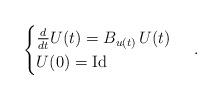
LaTeX: \begin{align*} \begin{cases} \frac{d}{dt}U(t) =B_{u(t)}\, U(t)\\U( 0) =\operatorname{Id}\end{cases}\,. \end{align*}